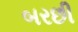
બરછી